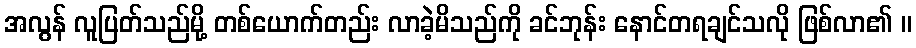
အလွန် လူပြတ်သည်မို့ တစ်ယောက်တည်း လာခဲ့မိသည်ကို ခင်ဘုန်း နောင်တရချင်သလို ဖြစ်လာ၏ ။